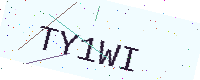
Text: TY1WI